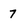
Character: 7